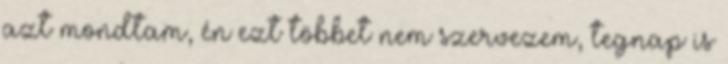
azt mondtam, én ezt többet nem szervezem, tegnap is